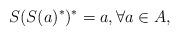
LaTeX: \begin{align*} S(S(a)^*)^* = a,\forall a\in A,\end{align*}